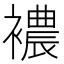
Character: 襛